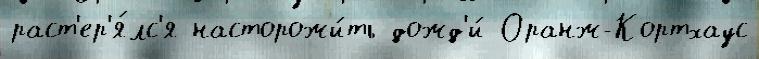
раст'ер'я́лс'я насторожи́ть дожд'и́ Оранж-Кортхаус